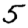
Digit: 5